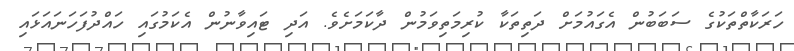
ހަރަކާތްތަކުގެ ސަބަބުން އެގައުމަށް ދަތިތަކާ ކުރިމަތިވަމުން ދާކަމަށެވެ. އަދި ޓައިވާނުން އެކަމުގައި ހައްދުފަހަނައަޅައި